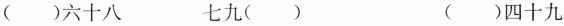
( )六十八 七九( ) ( )四十九